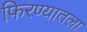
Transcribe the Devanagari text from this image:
फिरण्यातला